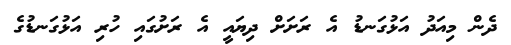
ދެން މިއަދު އަޅުގަނޑު އެ ރަށަށް ދިޔައީ އެ ރަށުގައި ހުރި އަޅުގަނޑުގެ